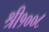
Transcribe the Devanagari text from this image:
श्री१००८